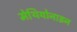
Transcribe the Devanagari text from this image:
मेथियोनाइन